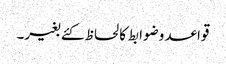
قواعد وضوابط کا لحاظ کئے بغیر۔